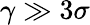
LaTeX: \gamma\gg 3\sigma